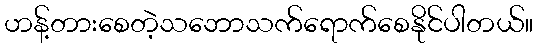
ဟန့်တားစေတဲ့သဘောသက်ရောက်စေနိုင်ပါတယ်။